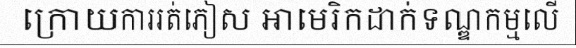
ក្រោយការរត់ភៀស អាមេរិកដាក់ទណ្ឌកម្មលើ